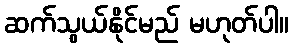
ဆက်သွယ်နိုင်မည် မဟုတ်ပါ။